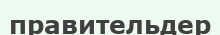
правительдер